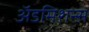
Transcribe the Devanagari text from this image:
अॅडमिशन्स